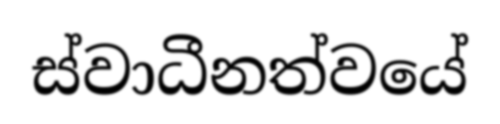
ස්වාධීනත්වයේ